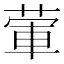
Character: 葷